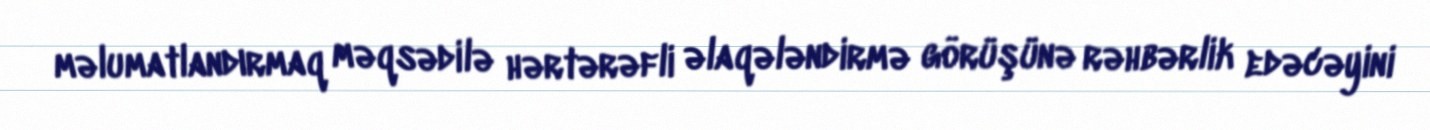
məlumatlandırmaq məqsədilə hərtərəfli əlaqələndirmə görüşünə rəhbərlik edəcəyini